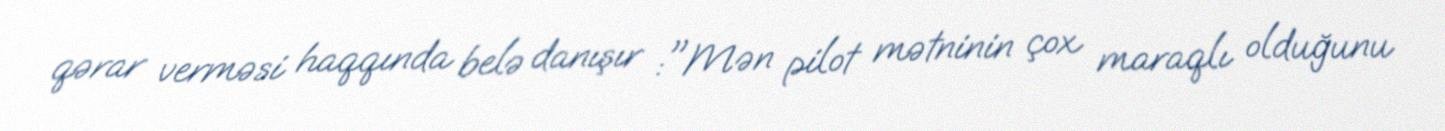
qərar verməsi haqqında belə danışır :"Mən pilot mətninin çox maraqlı olduğunu